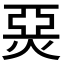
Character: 𤊗